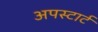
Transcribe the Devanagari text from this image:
अपस्टार्ट